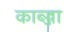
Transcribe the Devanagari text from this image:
काब्ज्जा